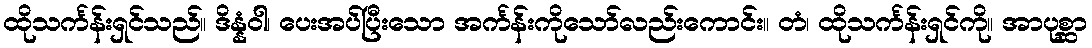
ထိုသင်္ကန်းရှင်သည်။ ဒိန္နံဝါ၊ ပေးအပ်ပြီးသော အင်္ကန်းကိုသော်လည်းကောင်း။ တံ၊ ထိုသင်္ကန်းရှင်ကို။ အာပုစ္ဆာ